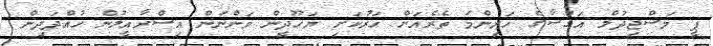
ޕީ މަސްޖިދުލް އަގްސާގެ ހަރިންމަ ތެރެއަށް ހަރުކަށި ޔަހޫދީން ވަންނަން އިސްރާއީލުން ހުއްދަދިން